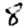
Digit: 8